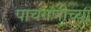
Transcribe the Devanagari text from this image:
पाचगणीच्या